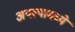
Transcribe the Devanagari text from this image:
अपत्यामध्ये